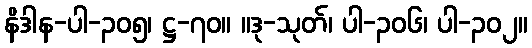
နိဒါန-ပါ-၃၀၅၊ ဋ္ဌ-၇၀။ ။ဒု-သုတ်၊ ပါ-၃၀၆၊ ပါ-၃၀၂။